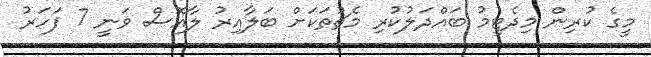
މީގެ ކުރިން މިދެޓީމު ބައްދަލުކުރި މެޗުތަކަށް ބަލާއިރު ލާއޮސް ވަނީ 7 ފަހަރު